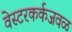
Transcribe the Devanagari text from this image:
वेस्टरकर्कजवळ